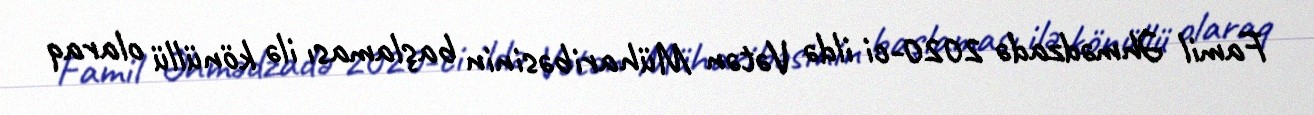
Famil Əhmədzadə 2020-ci ildə Vətən Müharibəsinin başlaması ilə könüllü olaraq